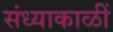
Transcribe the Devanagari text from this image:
संध्याकाळीं